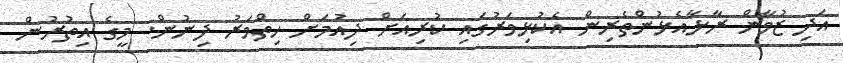
އަދި ޒުވާން ރާޅާއެޅުންތެރިން އެކުޅިވަރުގައި ކުރިއަށް ދިއުމަށް ހިތްވަރު ދިނުން. މީގެ އިތުރުން